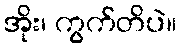
အိုး၊ ကွက်တိပဲ။